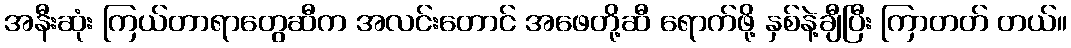
အနီးဆုံး ကြယ်တာရာတွေဆီက အလင်းတောင် အဖေတို့ဆီ ရောက်ဖို့ နှစ်နဲ့ချီပြီး ကြာတတ် တယ်။